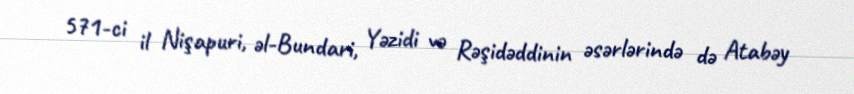
571-ci il Nişapuri, əl-Bundari, Yəzidi və Rəşidəddinin əsərlərində də Atabəy